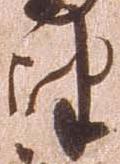
津